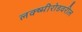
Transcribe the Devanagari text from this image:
लक्ष्मीरोडवरील